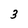
Character: 3